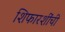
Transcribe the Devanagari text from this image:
शिफारशींची